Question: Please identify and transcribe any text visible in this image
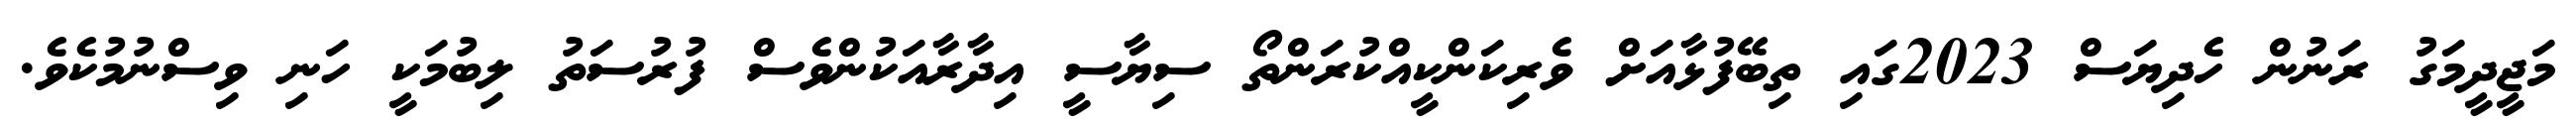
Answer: މަޖީދީމަގު ރަނުން ހެދިޔަސް 2023ގައި ތިބޭފުޅާއަށް ވެރިކަންކީއްކުރަންތޯ ސިޔާސީ އިދާރާއަކުންވެސް ފުރުސަތު ލިބުމަކީ ހަނި ވިސްނުމުކެވެ.